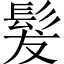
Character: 髮